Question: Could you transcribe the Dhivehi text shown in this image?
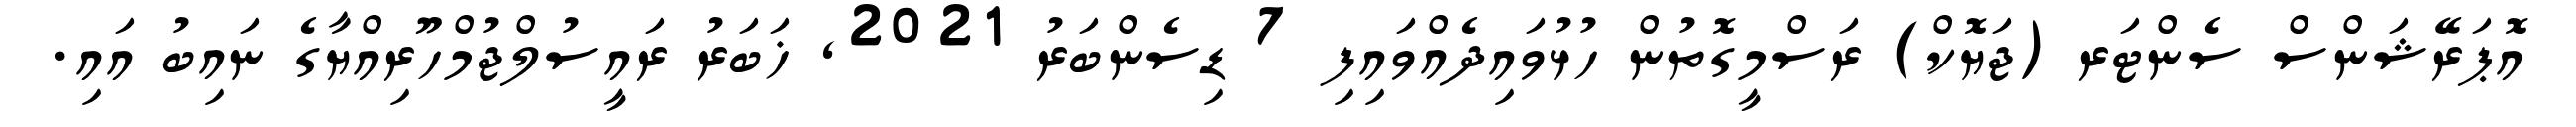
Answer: އޮޕަރޭޝަންސް ސެންޓަރ (ޖަޔޮކް) ރަސްމީގޮތުން ހުޅުވައިދެއްވައިފި 7 ޑިސެންބަރު 2021, ޚަބަރު ރައީސުލްޖުމްހޫރިއްޔާގެ ނައިބު އައި.